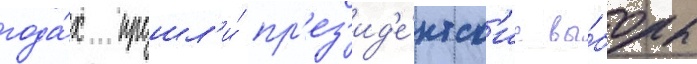
года́х прошл'и́ пр'ез'ид'е́нтск'ие вы́боры